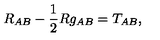
R _ { A B } - { \frac { 1 } { 2 } } R g _ { A B } = T _ { A B } ,